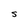
Character: s